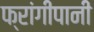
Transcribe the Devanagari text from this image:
फ्रांगीपानी